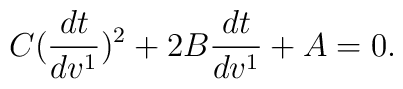
C(\frac{dt}{dv^1})^2+2B\frac{dt}{dv^1}+A=0.